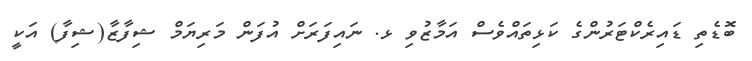
ބޮޑެތި ޑައިރެކްޓަރުންގެ ކަޅިތައްވެސް އަމާޒުވި ޅ. ނައިފަރަށް އުފަން މަރިޔަމް ޝިފާޒާ(ޝިފާ) އަކީ